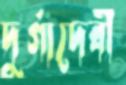
দুর্গাদেবী